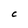
Character: c